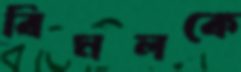
বিমলকে